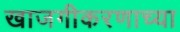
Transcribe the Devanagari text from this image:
खाजगीकरणाच्या